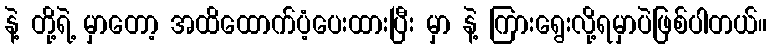
နဲ့ တို့ရဲ့ မှာတော့ အထိထောက်ပံ့ပေးထားပြီး မှာ နဲ့ ကြားရွေးလို့ရမှာပဲဖြစ်ပါတယ်။